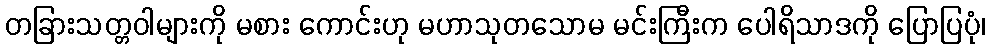
တခြားသတ္တဝါများကို မစား ကောင်းဟု မဟာသုတသောမ မင်းကြီးက ပေါရိသာဒကို ပြောပြပုံ၊